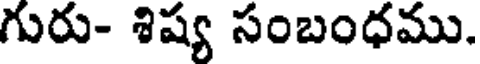
గురు- శిష్య సంబంధము.